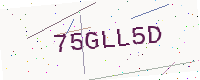
Text: 75GLL5D